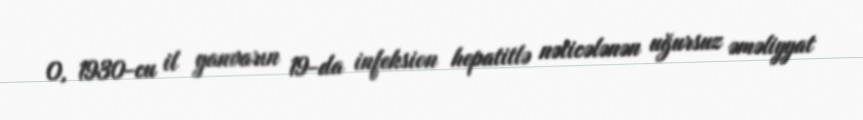
O, 1930-cu il yanvarın 19-da infeksion hepatitlə nəticələnən uğursuz əməliyyat